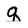
Character: q